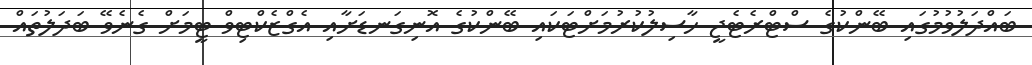
ބައްދަލުވުމުގައި ބޭންކުގެ ސްޓްރެޓެޖީ ހާސިލުކުރުމަށްޓަކައި ބޭންކުގެ އޮނިގަނޑަށާއި އެގްޒެކްޓިވް ޓީމަށް ގެނެވޭ ބަދަލުތައް